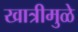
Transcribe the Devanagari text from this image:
खात्रीमुळे